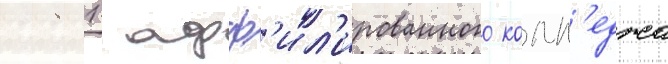
1981  афф'ил'ированного колл'еджа